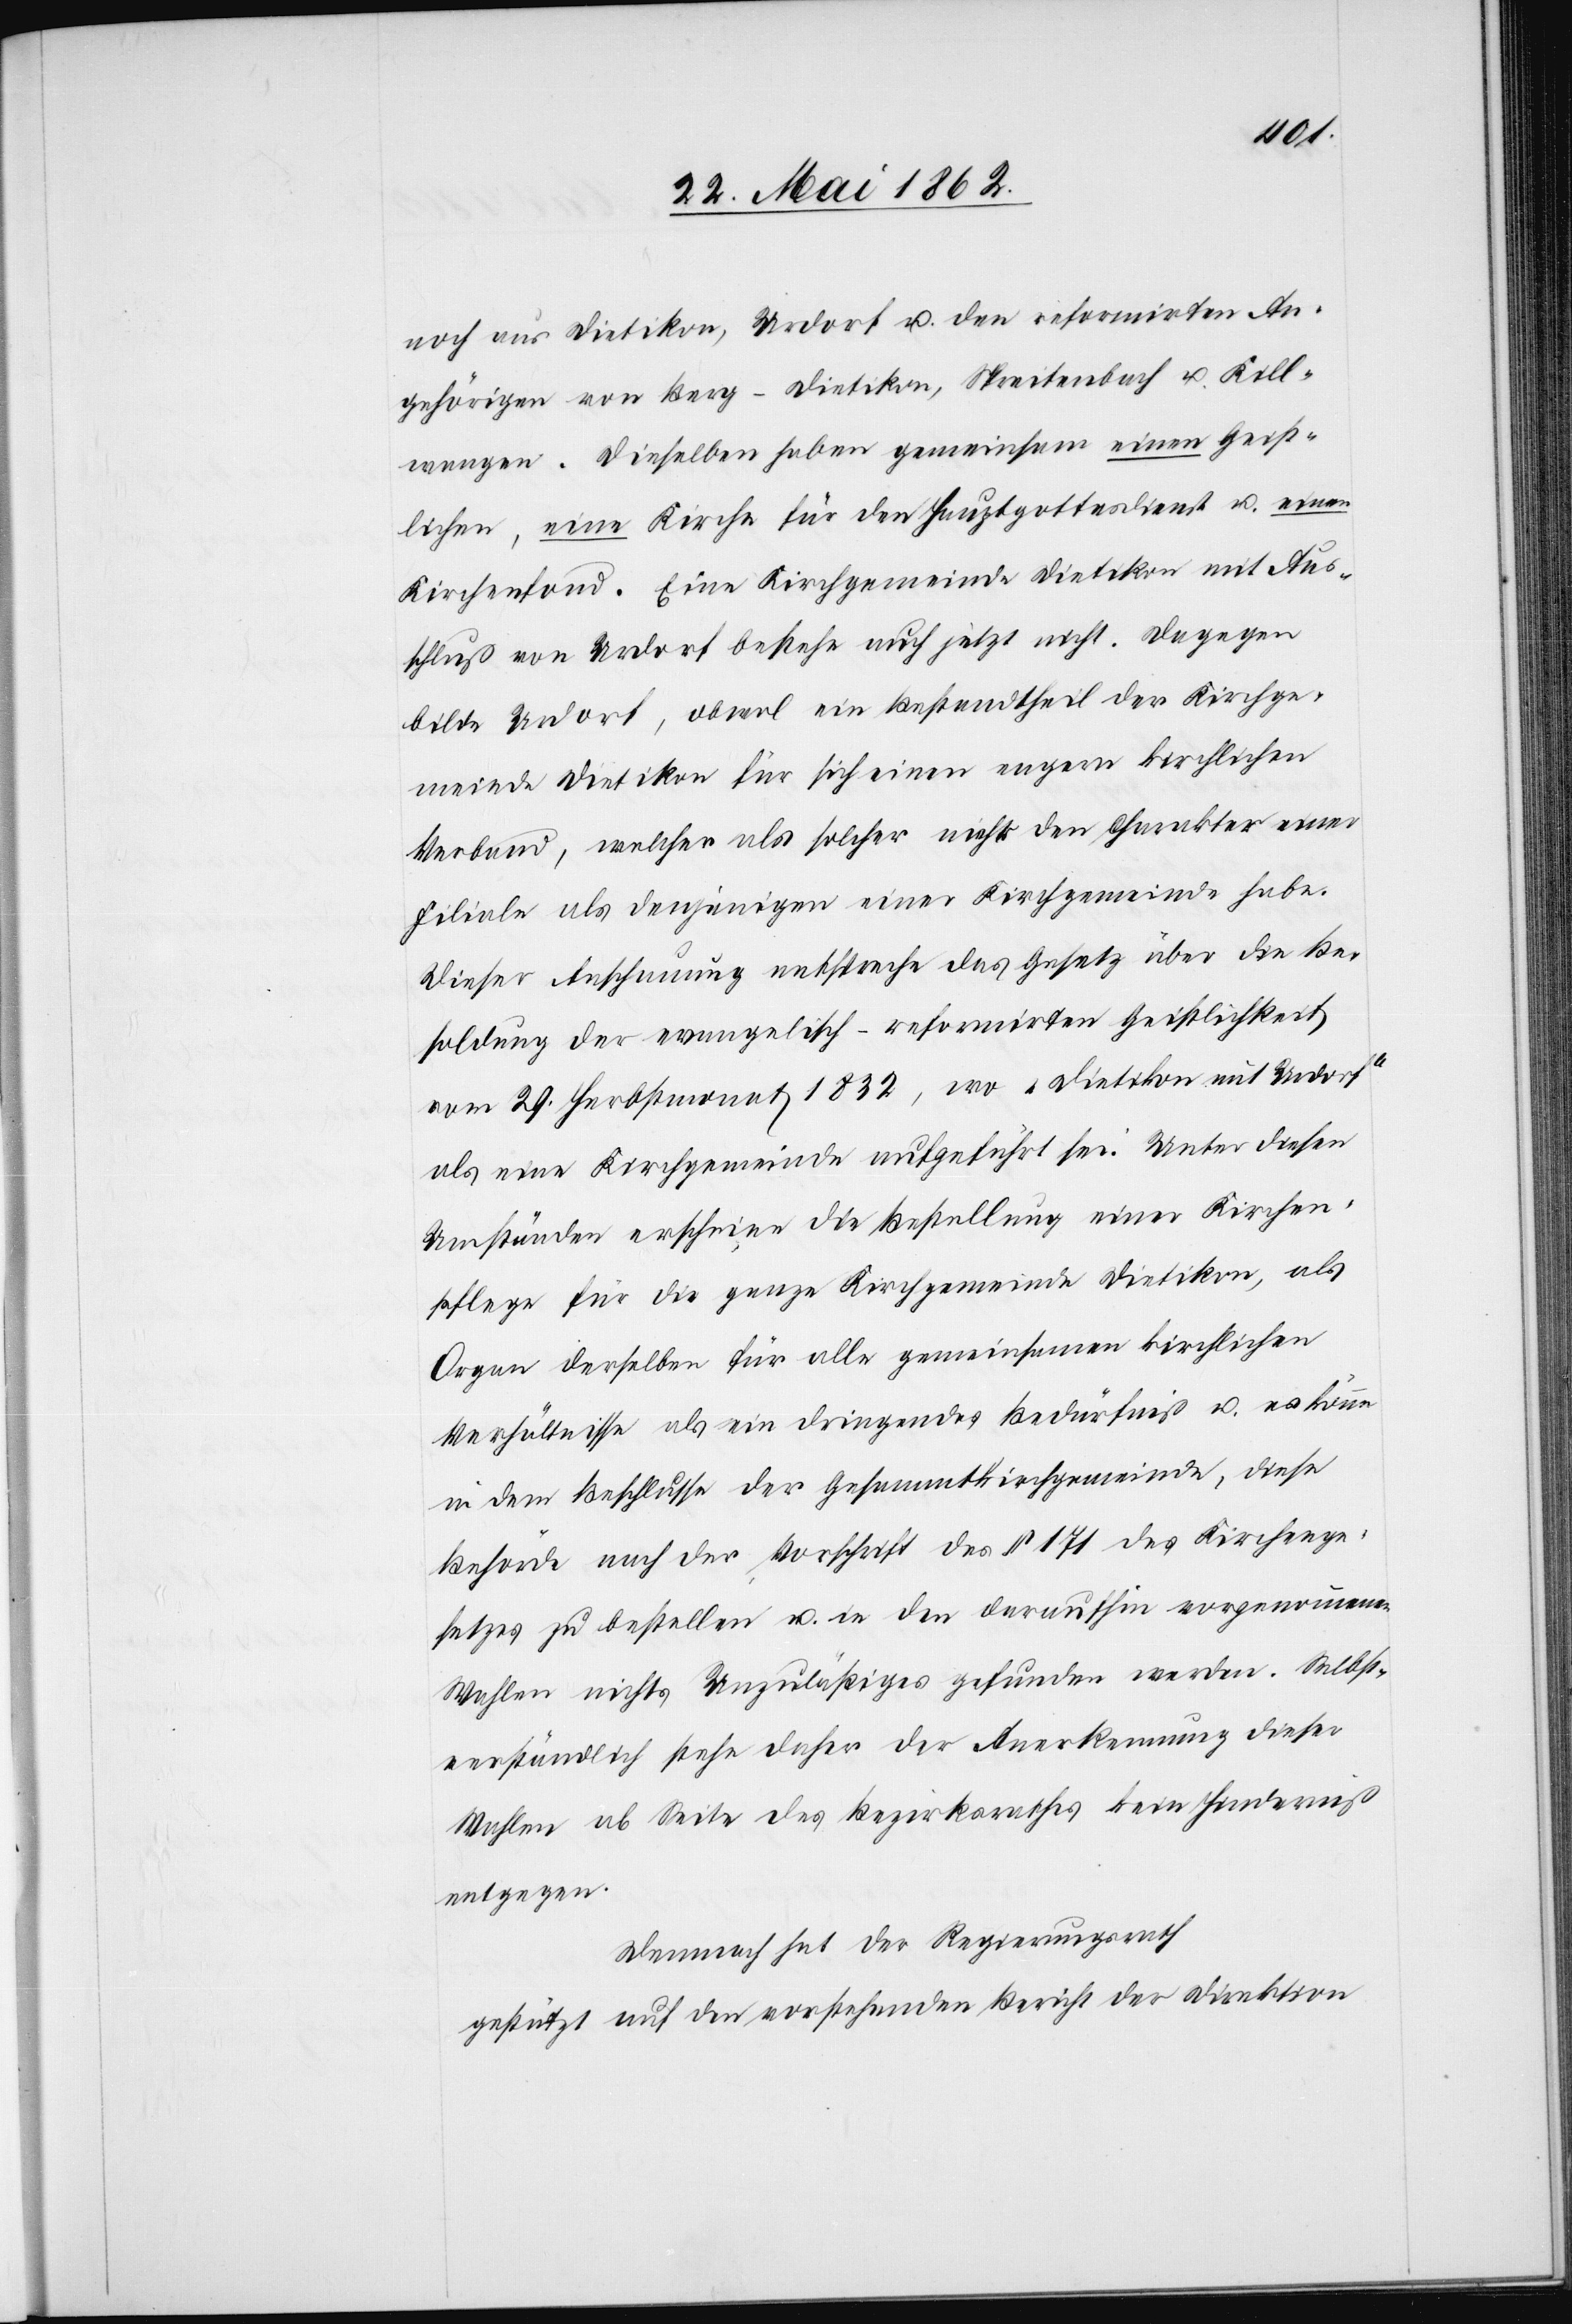
noch aus Dietikon, Urdorf u. den reformirten An¬
gehörigen von Berg-Dietikon, Spreitenbach u. Kill¬
wangen. Dieselben haben gemeinsam einen Geist¬
lichen, eine Kirche für den Hauptgottesdienst u. einen
Kirchenfond. Eine Kirchgemeinde Dietikon mit Aus¬
schluß von Urdorf bestehe auch jetzt nicht. Dagegen
bilde Urdorf, obwohl ein Bestandtheil der Kirchge¬
meinde Dietikon für sich einen andern kirchlichen
Verband, welcher als solcher nicht den Charakter einer
Filiale als denjenigen einer Kirchgemeinde habe.
Dieser Anschauung entspräche das Gesetz über die Be¬
soldung der evangelisch-refomirten Geistlichkeit
vom 29. Herbstmonat 1832, wo „Dietikon mit Urdorf“
als eine Kirchgemeinde aufgeführt sei. Unter diesen
Umständen erschien die Bestellung einer Kirchen¬
pflege für die ganze Kirchgemeinde Dietikon, als
Organ derselben für alle gemeinsamen kirchlichen
Verhältnisse als ein dingendes Bedürfniß u. es könne
in dem Beschlusse der Gesammtkirchengemeinde, diese
Behörde nach der Vorschrift des § 171 des Kirchenge¬
setzes zu bestellen u. in den daraufhin vorgenommenen
Wahlen nichts Unzuläßiges gefunden werden. Selbst¬
verständlich stehe daher der Anerkennung dieser
Wahlen ab Seite des Bezirksrathes kein Hinderniß
entgegen.
Demnach hat der Regierungsrath
gestützt auf den vorstehenden Bericht der Direktion